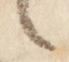
言